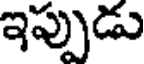
ఇప్పుడు